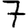
Digit: 7